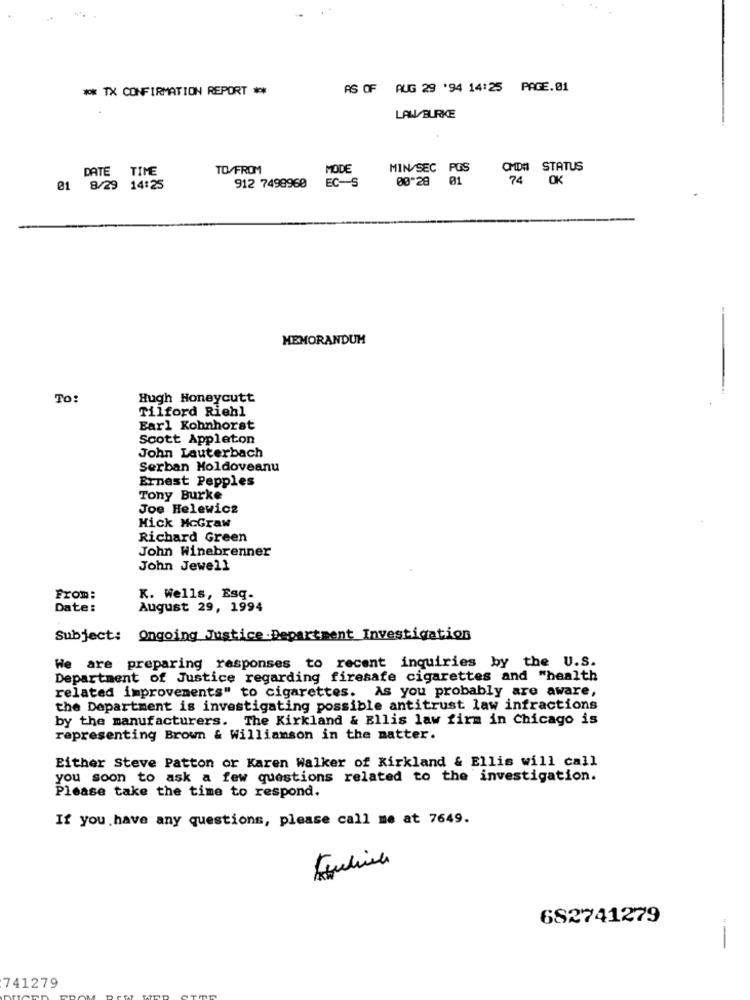
** TX CONFIRMATION REPORT **
AS OF AUG 29 '94 14:25 PAGE.01
LAW BURKE
DATE TIME
TO/FROM
MODE
MIN/SEC PGS
OMD# STATUS
912 7498960 EC-S
00*28 01
74
OK
01 8/29 14:25
MEMORANDUM
-
To:
Hugh Honeycutt
Tilford Riehl
Earl Kohnhorst
Scott Appleton
John Lauterbach
Serban Moldoveanu
Ernest Pepples
Tony Burke
Joe Helewicz
Mick McGraw
Richard Green
John Winebrenner
John Jewell
From:
K. Wells, Esq.
Date:
August 29, 1994
Subject: Ongoing Justice Department Investigation
We are preparing responses to recent inquiries by the U.S.
Department of Justice regarding firesafe cigarettes and "health
related improvements" to cigarettes. As you probably are aware,
the Department is investigating possible antitrust law infractions
by the manufacturers. The Kirkland & Ellis law firm in Chicago is
representing Brown & Williamson in the matter.
Either Steve Patton or Karen Walker of Kirkland & Ellis will call
you soon to ask a few questions related to the investigation.
Please take the time to respond.
If you have any questions, please call me at 7649.
682741279
741279